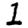
Digit: 1